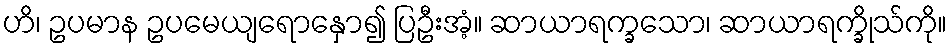
ဟိ၊ ဥပမာန ဥပမေယျရောနှော၍ ပြဦးအံ့။ ဆာယာရက္ခသော၊ ဆာယာရက္ခိုသ်ကို။